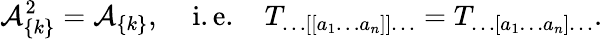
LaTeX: {\cal A}_{\{ k\} }^{2}={\cal A}_{\{ k\} },\; \; \; \; \mathrm{i.e.}\; \; \; \; T_{\ldots[[a_{1}\ldots a_{n}]]\ldots}=T_{\ldots[a_{1}\ldots a_{n}]\ldots}.